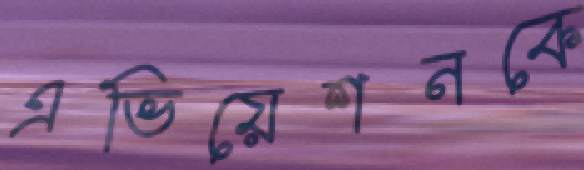
এভিয়েশনকে